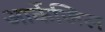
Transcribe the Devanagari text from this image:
आर्केजिल